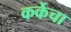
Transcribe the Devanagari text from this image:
कर्केचा